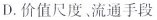
D.价值尺度、流通手段